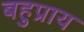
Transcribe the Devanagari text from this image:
बहुप्राय